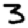
Digit: 3